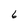
Character: 6